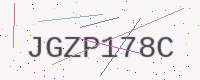
Text: JGZP178C